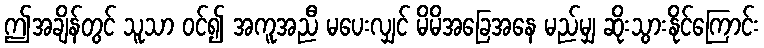
ဤအချိန်တွင် သူသာ ဝင်၍ အကူအညီ မပေးလျှင် မိမိအခြေအနေ မည်မျှ ဆိုးသွားနိုင်ကြောင်း